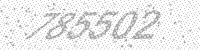
Solution: 785502